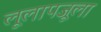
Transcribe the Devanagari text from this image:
लूलापजूला